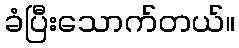
ခံပြီးသောက်တယ်။